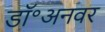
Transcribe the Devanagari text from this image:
डॉ॰अनवर